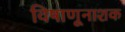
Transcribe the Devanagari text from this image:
विषाणूनाशक